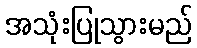
အသုံးပြုသွားမည်